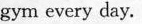
gym every day.